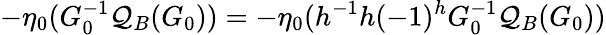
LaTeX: -\eta_{0}(G_{0}^{-1}\mathcal{Q}_{B}(G_{0}))=-\eta_{0}(h^{-1}h(-1)^{h}G_{0}^{-1}\mathcal{Q}_{B}(G_{0}))